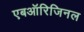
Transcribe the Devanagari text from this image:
एबऑरिजिनल